Leaving Certificate Examination, 1919
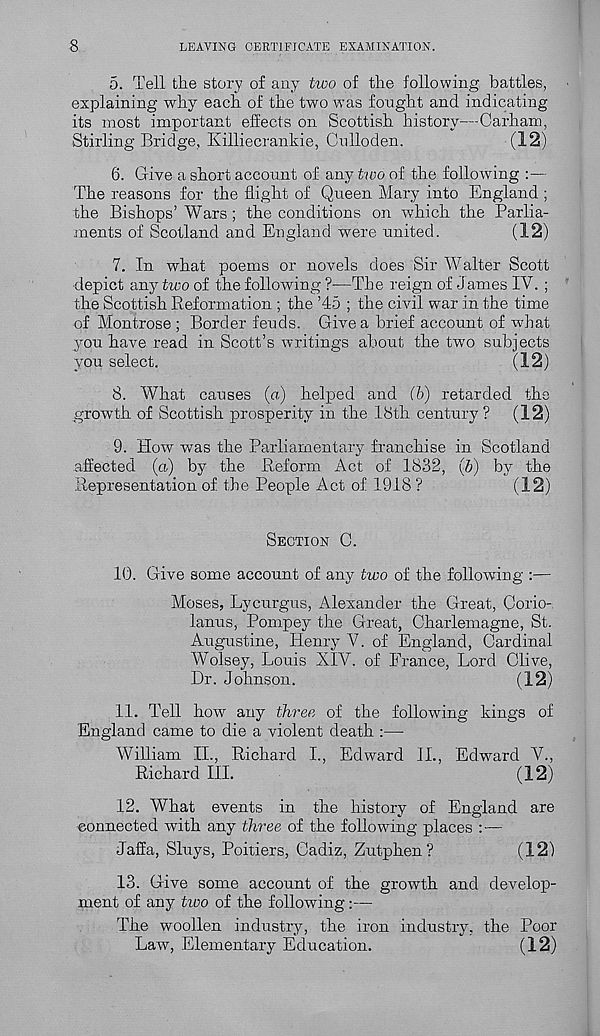
8
LEAVING CERTIFICATE EXAMINATION.
5. Tell the story of any two of the following battles,
explaining why each of the two was fought and indicating
its most important effects on Scottish history—Carham,
Stirling Bridge, Killiecrankie, Culloden.
(3.2)
6. Give a short account of any two of the following :—
The reasons for the flight of Queen Mary into England ;
the Bishops’ Wars ; the conditions on which the Parlia-
ments of Scotland and England were united.
(12)
7. In what poems or novels does Sir Walter Scott
depict any two of the following ?—The reign of James IV. ;
the Scottish Reformation ; the ’45 ; the civil war in the time
of Montrose ; Border feuds. Give a brief account of what
you have read in Scott’s writings about the tw T o subjects
you select.
(12)
8. What causes (a) helped and (6) retarded the
growth of Scottish prosperity in the 18th century ? (12)
9. How was the Parliamentary franchise in Scotland
affected (a) by the Reform Act of 1832, (5) by the
Representation of the People Act of 1918 ?
(12)
SECTION C.
10. Give some account of any two of the following :—
Moses, Lycurgus, Alexander the Great, Corio-
lanus, Pompey the Great, Charlemagne, St.
Augustine, Henry V. of England, Cardinal
Wolsey, Louis XIV. of France, Lord Clive,
Dr. Johnson.
(12)
11. Tell how any three of the following kings of
England came to die a violent death :—
William II., Richard L, Edward IL, Edward V.,
Richard III.
(12)
12. What events in the history of England are
eonnected with any three of the following places : —
Jaffa, Sluys, Poitiers, Cadiz, Zutphen?
(12)
13. Give some account of the growth and develop-
ment of any tioo of the following:—
The woollen industry, the iron industry, the Poor
Law, Elementary Education.
(12)